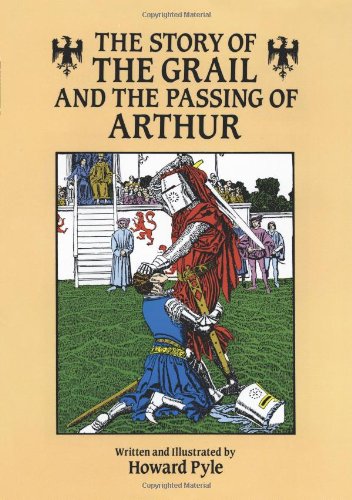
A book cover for The Story of the Grail and the Passing of Arthur (Dover Children's Classics); Howard Pyle; Children's Books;